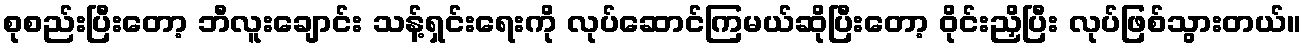
စုစည်းပြီးတော့ ဘီလူးချောင်း သန့်ရှင်းရေးကို လုပ်ဆောင်ကြမယ်ဆိုပြီးတော့ ဝိုင်းညှိပြီး လုပ်ဖြစ်သွားတယ်။